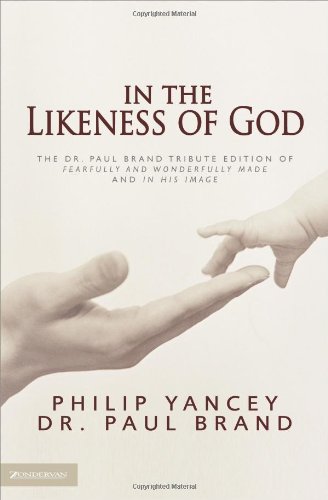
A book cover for In the Likeness of God: The Dr. Paul Brand Tribute Edition of Fearfully and Wonderfully Made and In His Image; Philip Yancey; Christian Books & Bibles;